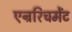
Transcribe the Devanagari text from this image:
एन्ररिचमेंट